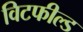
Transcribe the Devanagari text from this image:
विटफील्ड